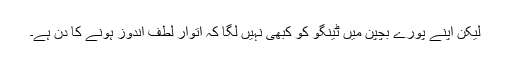
لیکن اپنے پورے بچپن میں ٹینگو کو کبھی نہیں لگا کہ اتوار لطف اندوز ہونے کا دن ہے۔